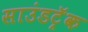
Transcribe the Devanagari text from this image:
साउंडट्रॅक